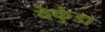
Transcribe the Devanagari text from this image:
वेकुंडा